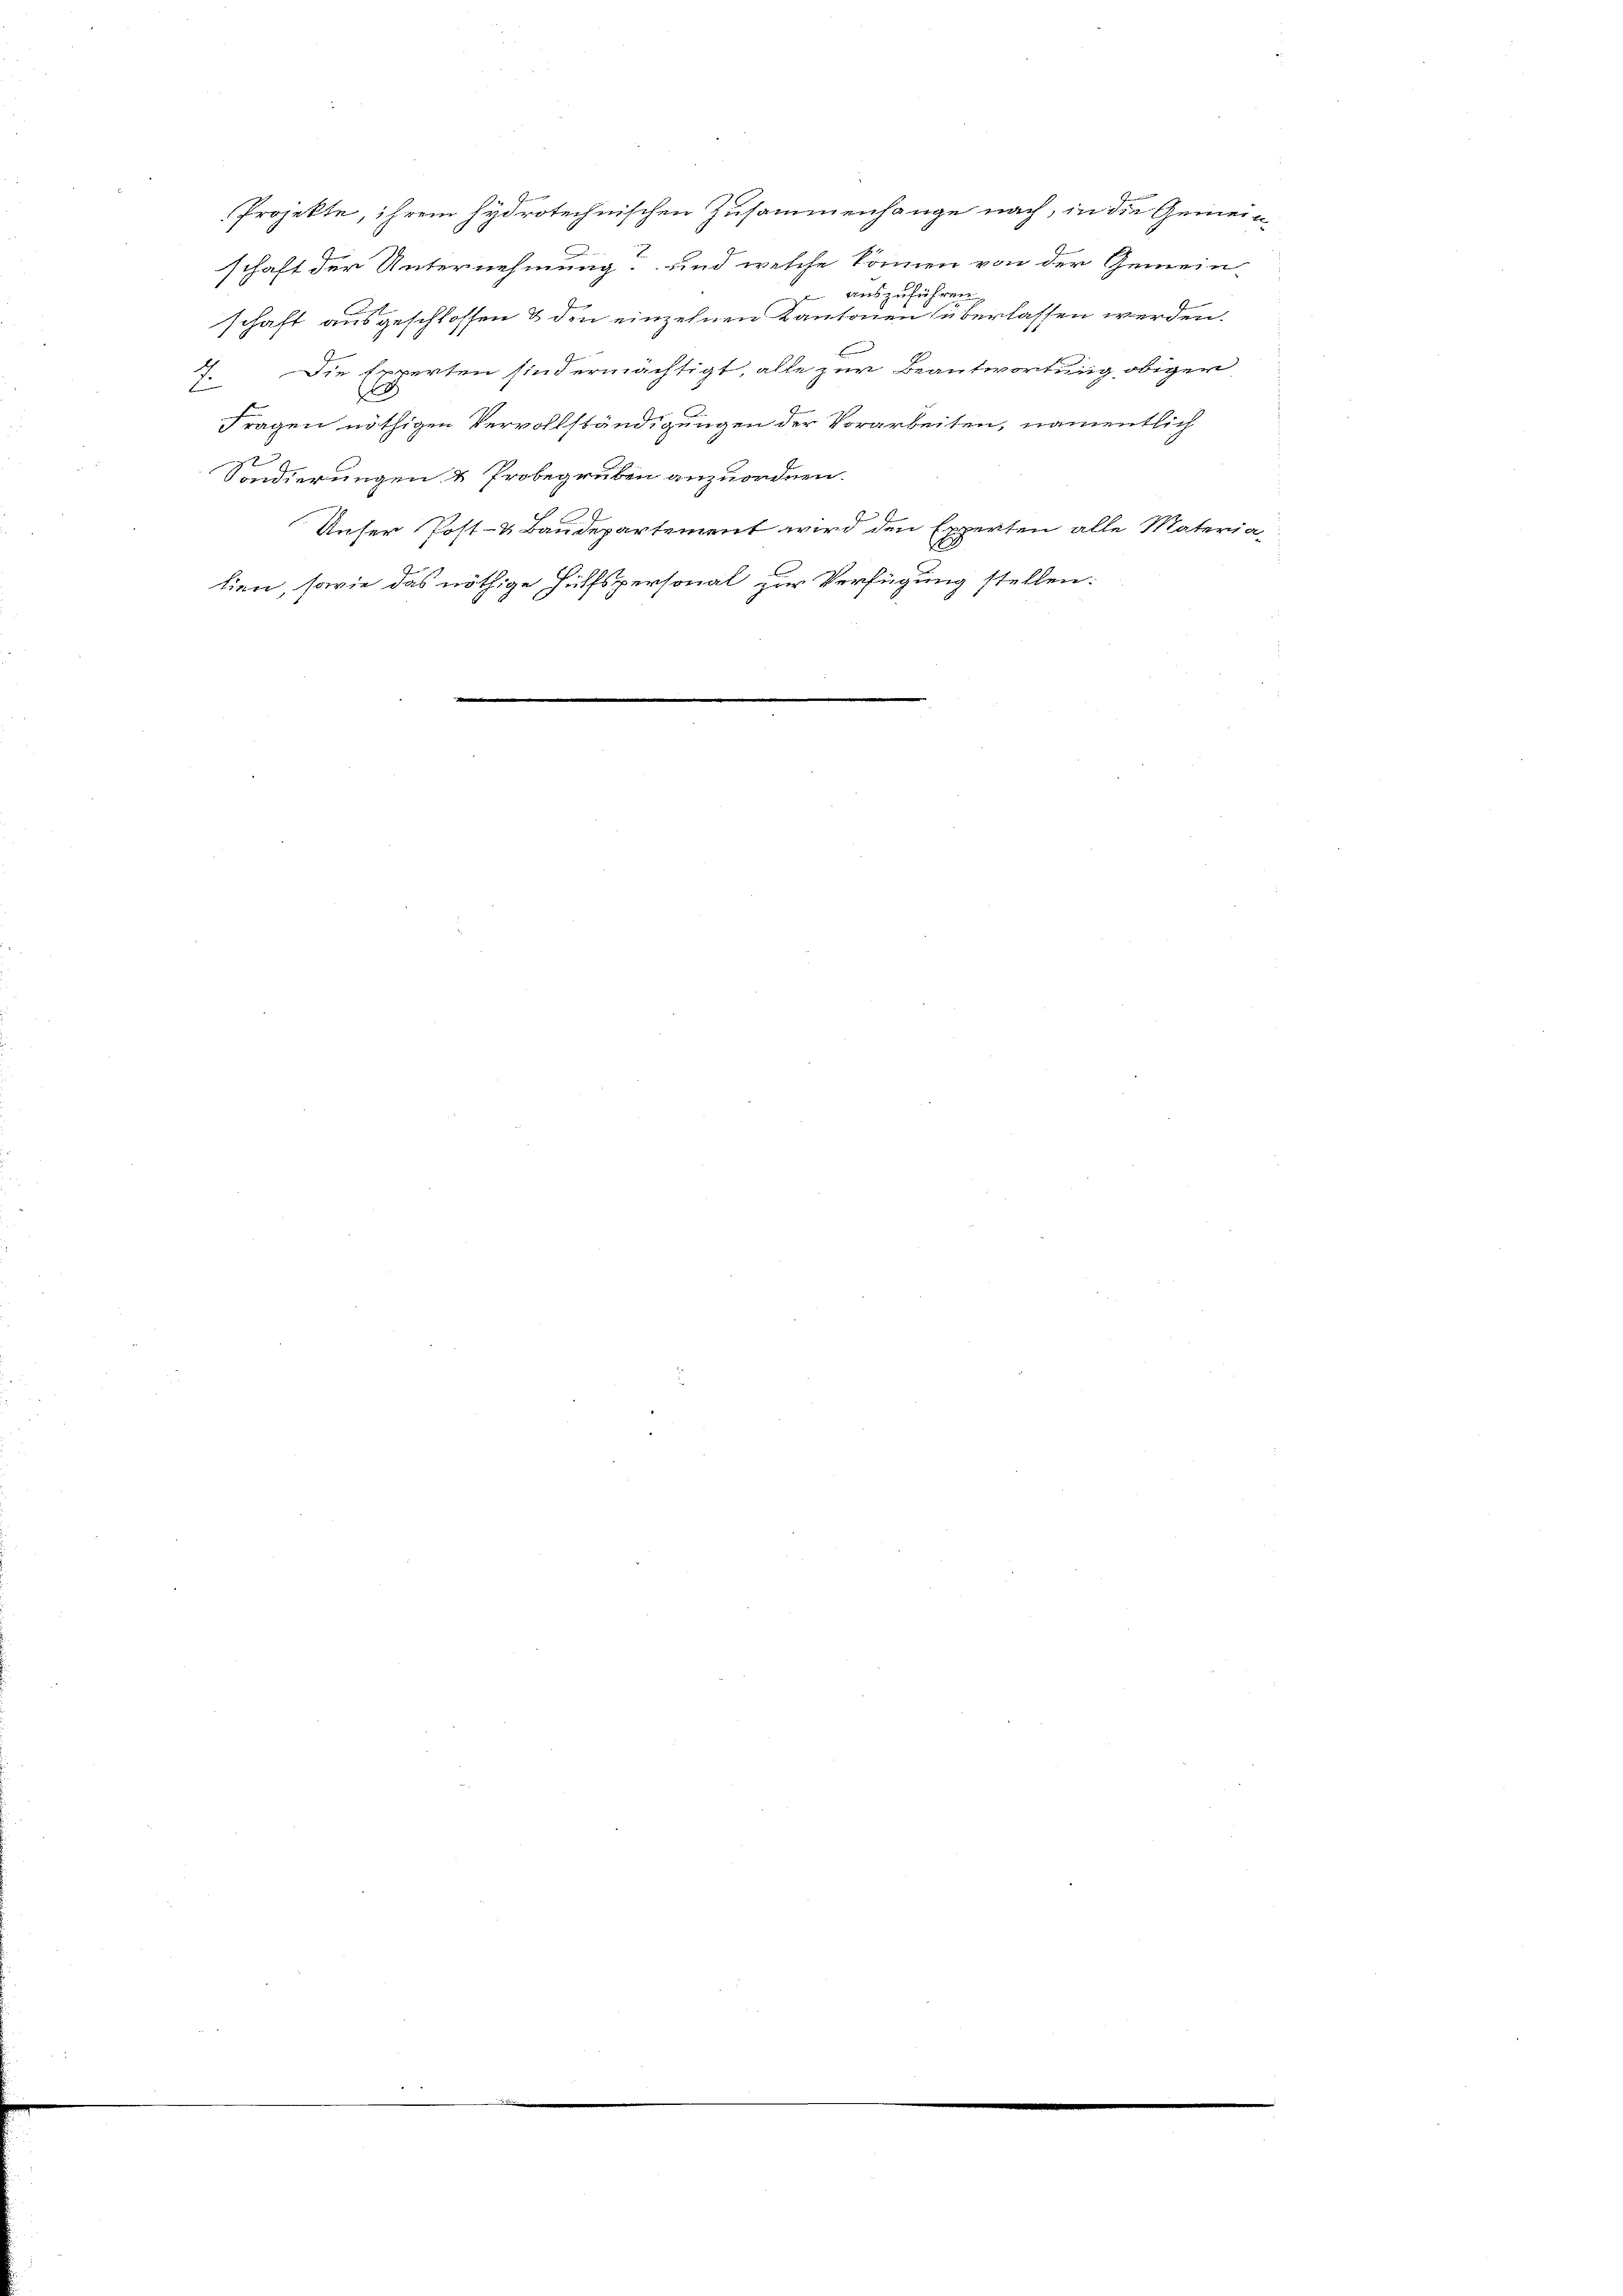
Projekte, ihrem hydrotechnischen Zusammenhange nach, in die Gemeinschaft der Unternehmung und welche können von der Gemein-
 auszuführen.
schaft ausgeschlossen & den einzelnen Kantonen überlassen werden.
E
Die Experten sind ermächtigt, alle zur Beantwortung obiger
E
Fragen nöthigen Vervollständigungen der Vorarbeiten, namentlich
.
Sondierungen & Probegruben anzuordnen.
Unser Post- & Baudepartement wird den Experten alle Materialien, sowie das nöthige Hülfspersonal zur Verfügung stellen: